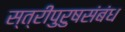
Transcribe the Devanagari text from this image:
स्त्रीपुरुषसंबंध